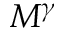
M ^ { \gamma }